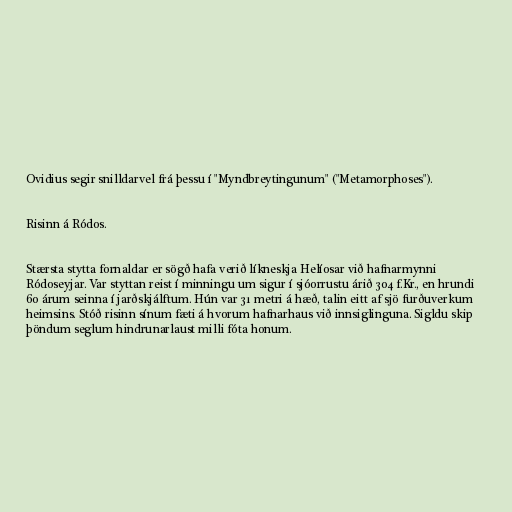
Ovidius segir snilldarvel frá þessu í "Myndbreytingunum" ("Metamorphoses").

Risinn á Ródos.

Stærsta stytta fornaldar er sögð hafa verið líkneskja Helíosar við hafnarmynni
Ródoseyjar. Var styttan reist í minningu um sigur í sjóorrustu árið 304 f.Kr., en hrundi
60 árum seinna í jarðskjálftum. Hún var 31 metri á hæð, talin eitt af sjö furðuverkum
heimsins. Stóð risinn sínum fæti á hvorum hafnarhaus við innsiglinguna. Sigldu skip
þöndum seglum hindrunarlaust milli fóta honum.